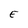
Character: E